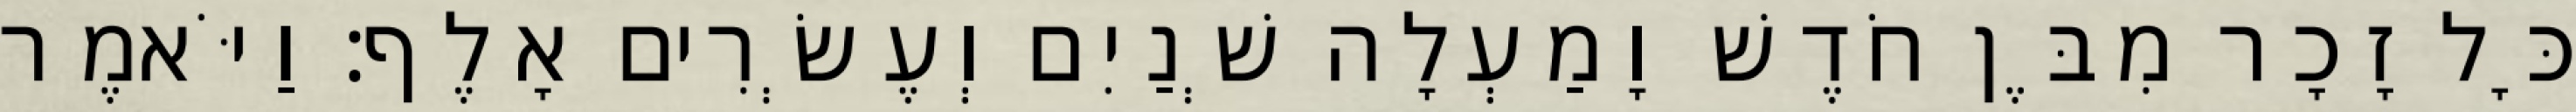
כָּל זָכָר מִבֶּן חֹדֶשׁ וָמַעְלָה שְׁנַיִם וְעֶשְׂרִים אָלֶף׃ וַיֹּאמֶר